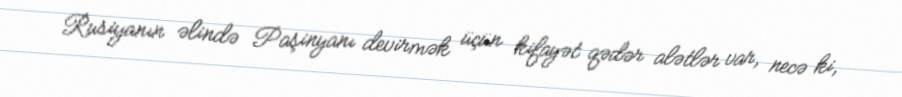
Rusiyanın əlində Paşinyanı devirmək üçün kifayət qədər alətlər var, necə ki,